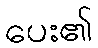
ပေး၏